Report of the Municipal Commissioner on the plague in Bombay for the year ending 31st May... - Volume 2
Disease focus: Plague
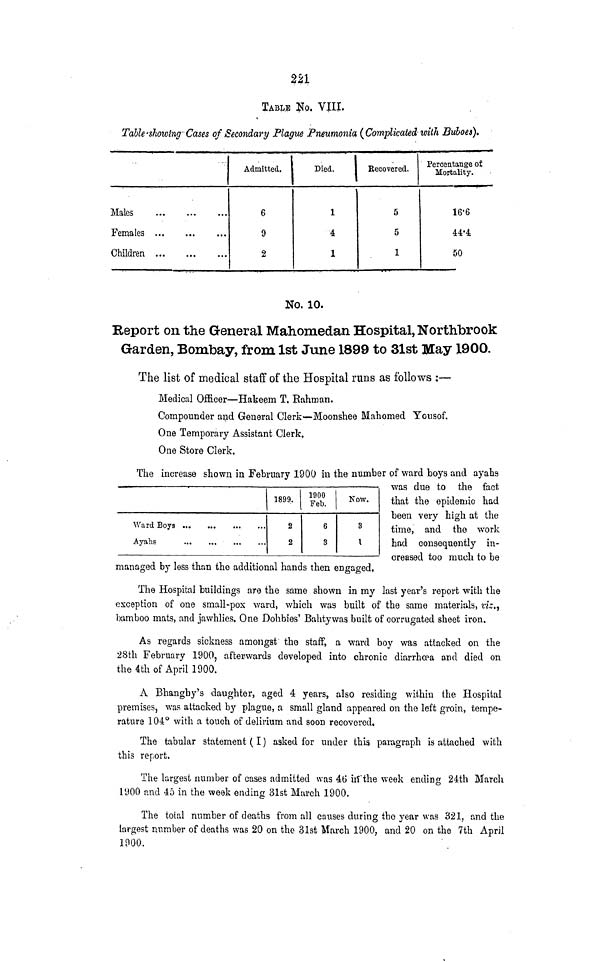
2S1
TABLE No. VIII.
Table-showing-Cases of Secondary Plague Pneumonia (Complicated with Buboes).
Males
Females
Children
Admitted.
6
9
2
Died.
I Recovered.
1
4
1
5
5
1
Percentange of
Mortality.
16'6
44'4
50
No, 10.
Report on the General Mahomedan Hospital, Northbrook
Garden, Bombay, from 1st June 1899 to 31st May 1900.
The list of medical staff of the Hospital runs as follows :—
Medical Officer—Hakeem T. Rahman.
Compounder and General Clerk-<-Moonshee Mahomed Yousof.
One Temporary Assistant Clerk.
One Store Clerk.
The increase shown in February 1900 in the number of ward boys and ayahs
1899.
2
2
1900
Feb.
6
3
Now.
3
I
was due to the fact
that the epidemic had
been very high at the
time, and the work
had consequently in-
creased too much to be
managed by less than the additional hands then engaged.
The Hospital buildings are the same shown in my last year's report with the
exception of one small-pox ward, which was built of the same materials, m.,
bamboo mats, and jawhlies. One Dohbies' Bahty was built of corrugated sheet iron.
As regards sickness amongst' the staff, a ward boy was attacked on the
28th February 1900, afterwards developed into chronic diarrho?a and died on
the 4th of April 1900.
A Bhangby's daughter, aged 4 years, also residing within the Hospital
premises, was attacked by plague, a small gland appeared on the left groin, tempe-
rature 104° with a touch of delirium and soon recovered.
The tabular statement (I) asked for under this paragraph is attached with
this report.
The largest number of cases admitted was 46 in"the week ending 24th March
TJOO and 45 in the week ending 31st March 1900.
The total number of deaths from all causes during the year was 321, and the
largest number of deaths was 20 on the 31st March 1900, and 20 on the 7th April
1000.